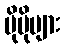
ပိုမိုများ